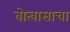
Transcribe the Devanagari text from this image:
बोत्वासाचा